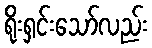
ရိုးရှင်းသော်လည်း